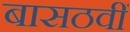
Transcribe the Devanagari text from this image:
बासठवीं